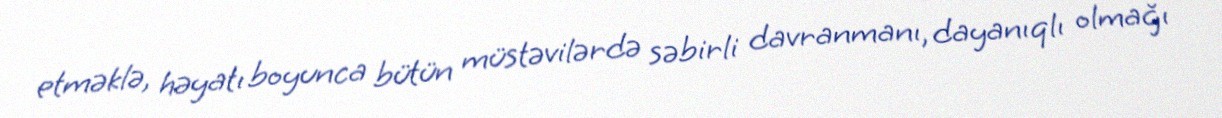
etməklə, həyatı boyunca bütün müstəvilərdə səbirli davranmanı, dayanıqlı olmağı